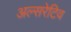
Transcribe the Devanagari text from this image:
अल्सरेटिव